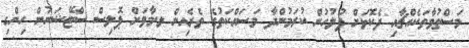
މަސްތުވާތަކެއްޗާއި ދެކޮޅަށް ފުލުހުން ކުރަމުންދާ މަސައްކަތުގެ ތެރެއިން ލ.މާވަށް ޕޮލިސް ސްޓޭޝަނުން ހިންގި